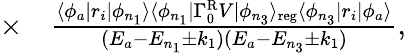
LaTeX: \begin{array}{rl}{\times}&{{}\frac{\langle\phi_{a}|r_{i}|\phi_{n_{1}}\rangle\langle\phi_{n_{1}}|\Gamma_{0}^{\mathrm{R}}V|\phi_{n_{3}}\rangle_{\mathrm{reg}}\langle\phi_{n_{3}}|r_{i}|\phi_{a}\rangle}{(E_{a}-E_{n_{1}}\pm k_{1})(E_{a}-E_{n_{3}}\pm k_{1})},}\end{array}